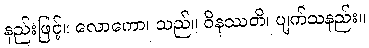
နည်းဖြင့်။ လောကော၊ သည်။ ဝိနဿတိ၊ ပျက်သနည်း။